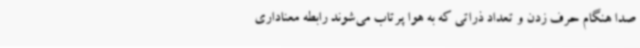
صدا هنگام حرف زدن و تعداد ذراتی که به هوا پرتاب می‌شوند رابطه معناداری